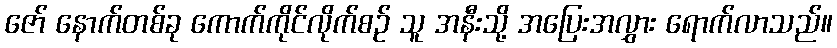
ဇော် နောက်တစ်ခု ကောက်ကိုင်လိုက်စဉ် သူ အနီးသို့ အပြေးအလွှား ရောက်လာသည်။